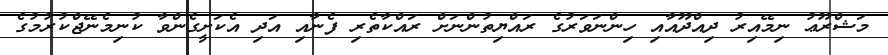
މަޝްރޫޢު ނިމޭއިރު ދިއްދޫއާއި ހިންނަވަރުގެ ރައްޔިތުންނަށް ރައްކާތެރި ފެނާއި އަދި އެކަށީގެންވާ ކުނިމެނޭޖްކުރުމުގެ